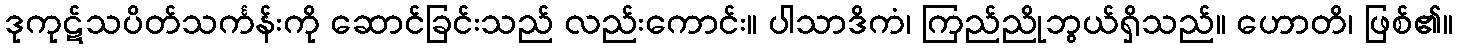
ဒုကုဋ်သပိတ်သင်္ကန်းကို ဆောင်ခြင်းသည် လည်းကောင်း။ ပါသာဒိကံ၊ ကြည်ညိုဘွယ်ရှိသည်။ ဟောတိ၊ ဖြစ်၏။